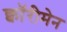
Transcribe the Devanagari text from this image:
क्वॉरीमेन